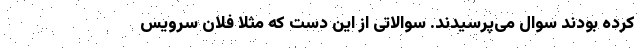
کرده بودند سوال می‌پرسیدند. سوالاتی از این دست که مثلاً فلان سرویس